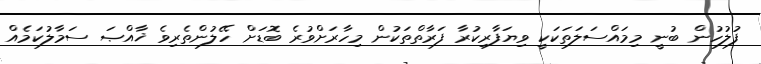
ފުލުހުން ބުނީ މިމައްސަލަތަކަކީ ވިޔަފާރިކުރާ ފަރާތްތަކުން މިހާރަށްވުރެ ބޮޑަށް ހޭލުންތެރިވެ ޚާއްޞަ ސަމާލުކަމެއް